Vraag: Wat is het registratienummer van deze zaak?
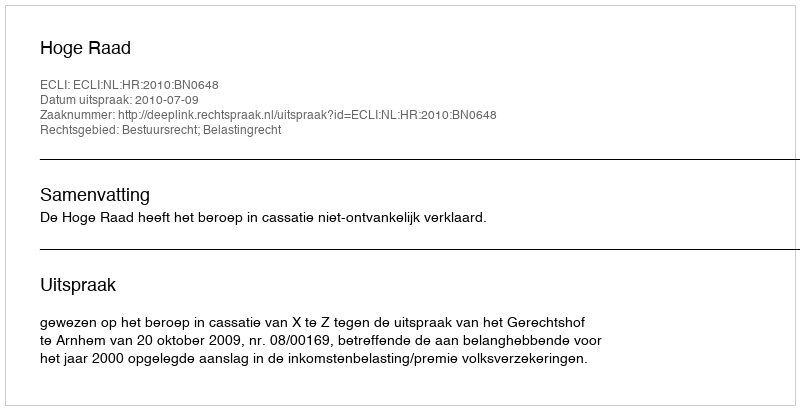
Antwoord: http://deeplink.rechtspraak.nl/uitspraak?id=ECLI:NL:HR:2010:BN0648